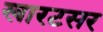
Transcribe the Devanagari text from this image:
खारटसर